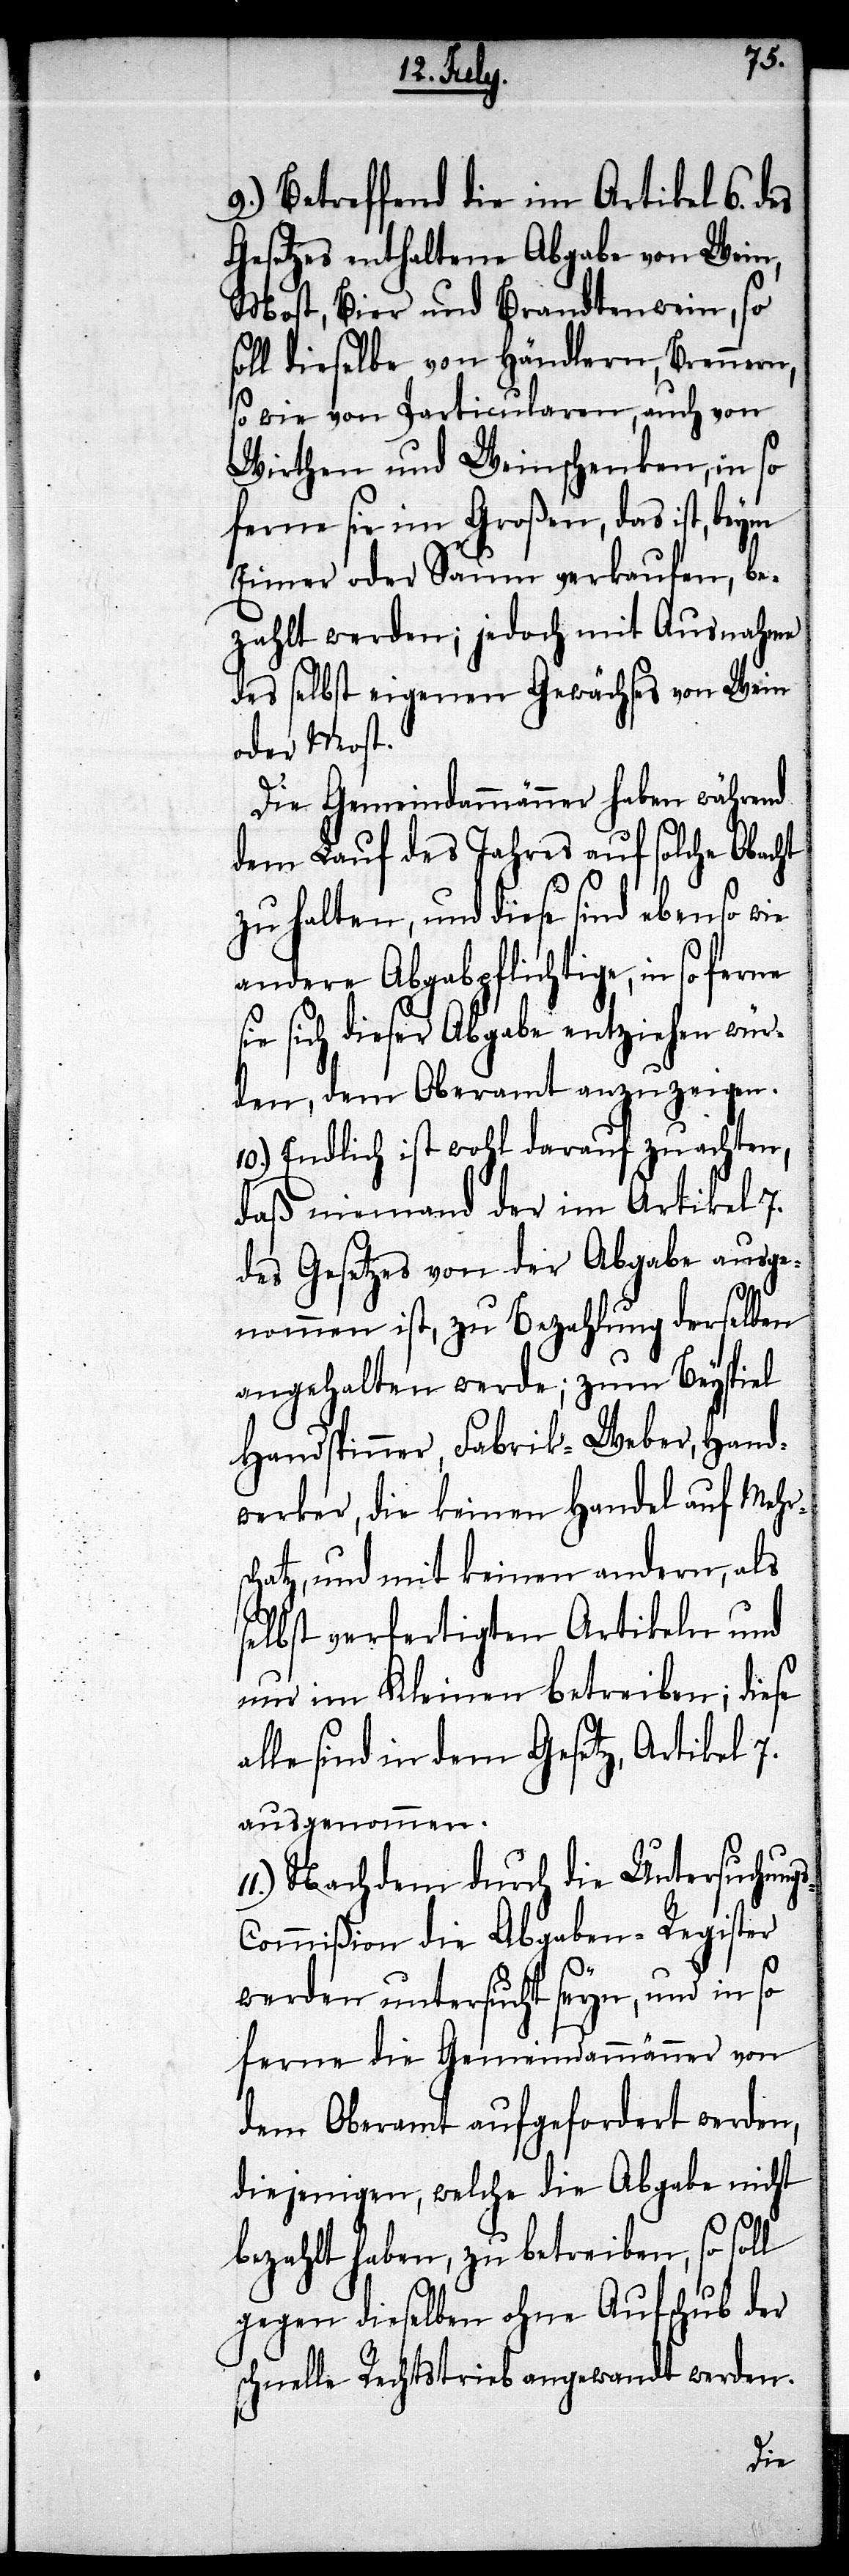
s-C¬
9.) Betreffend die im Artikel 6. des
Gesetzes enthaltene Abgabe von Wein,
Most, Bier und Brandtenwein, so
soll dieselbe von Händlern, Brennern,
so wie von Particularen, auch von
Wirthen und Weinschenken, in so
ferne sie im Großen, das ist, beym
Eimer oder Saum verkaufen, be¬
zahlt werden; jedoch mit Ausnahme
des selbst eigenen Gewächses von Wein
oder Most.
Die Gemeindammänner haben während
dem Lauf des Jahres auf solche Obacht
zu halten, und diese sind ebenso wie
andere Abgabpflichtige, in so ferne
ie sich dieser Abgabe entziehen wür¬
den, dem Oberamt anzuzeigen.
10.) Endlich ist wohl darauf zu achten,
daß niemand der im Artikel 7.
des Gesetzes von der Abgabe ausge¬
nommen ist, zu Bezahlung derselben
angehalten werde, zum Beyspiel
Handspinner, Fabrik-Weber, Hand¬
werker, die keinen Handel auf Mehrsc¬
hatz, und mit keinen andern, als
selbst verfertigten Artikeln und
nur im Kleinen betreiben; diese
alle sind in dem Gesetz, Artikel 7.
ausgenommen.
Nachdem durch die Untersuchung¬
ommißion die Abgaben-Register
werden untersucht seyn, und in so
ferne die Gemeindammänner von
dem Oberamt aufgefordert werden,
diejenigen, welche die Abgabe nicht
bezahlt haben, zu betreiben, so soll
gegen dieselben ohne Aufschub der
schnelle Rechtstrieb angewandt werden.